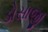
ડોસાજી